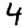
Digit: 4